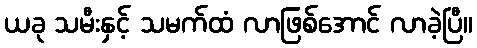
ယခု သမီးနှင့် သမက်ထံ လာဖြစ်အောင် လာခဲ့ပြီ။